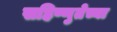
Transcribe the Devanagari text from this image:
सहिष्णुतेच्या